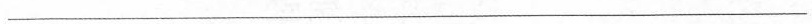
___